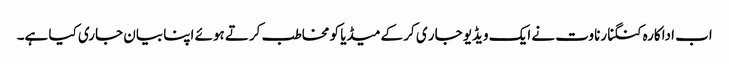
اب اداکارہ کنگنا رناوت نے ایک ویڈیو جار ی کر کےمیڈیا کو مخاطب کرتے ہوئے اپنا بیان جاری کیا ہے۔